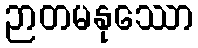
ဉာတမနုဿော